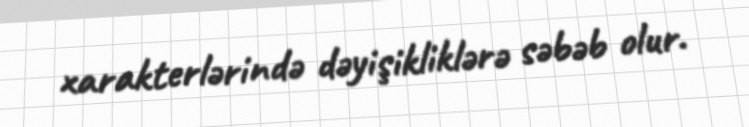
xarakterlərində dəyişikliklərə səbəb olur.